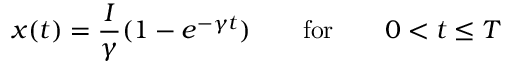
x ( t ) = \frac { I } { \gamma } ( 1 - e ^ { - \gamma t } ) \qquad \mathrm { f o r } \qquad 0 < t \leq T